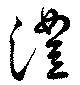
澧